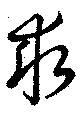
求